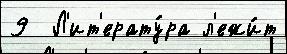
9  Л'ит'ерату́ра л'ежи́т